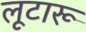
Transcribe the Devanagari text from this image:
लूटारू